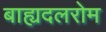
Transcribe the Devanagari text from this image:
बाह्यदलरोम